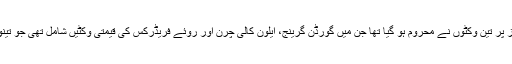
ویسٹ انڈیز صرف 39 رنز پر تین وکٹوں نے محروم ہو گیا تھا جن میں گورڈن گرینج، ایلون کالی چرن اور روئے فریڈرکس کی قیمتی وکٹیں شامل تھی جو تینوں سرفراز کے شکار بنے۔